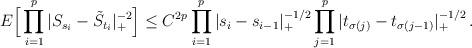
LaTeX: \begin{align*}E \Big[ \prod_{i=1}^p |S_{s_i} -\tilde{S}_{t_i}|_+^{-2} \Big]\le C^{2p} \prod_{i=1}^p |s_i-s_{i-1} |_+^{-1/2} \prod_{j=1}^p |t_{\sigma(j)}-t_{\sigma(j-1)} |_+^{-1/2} \,.\end{align*}